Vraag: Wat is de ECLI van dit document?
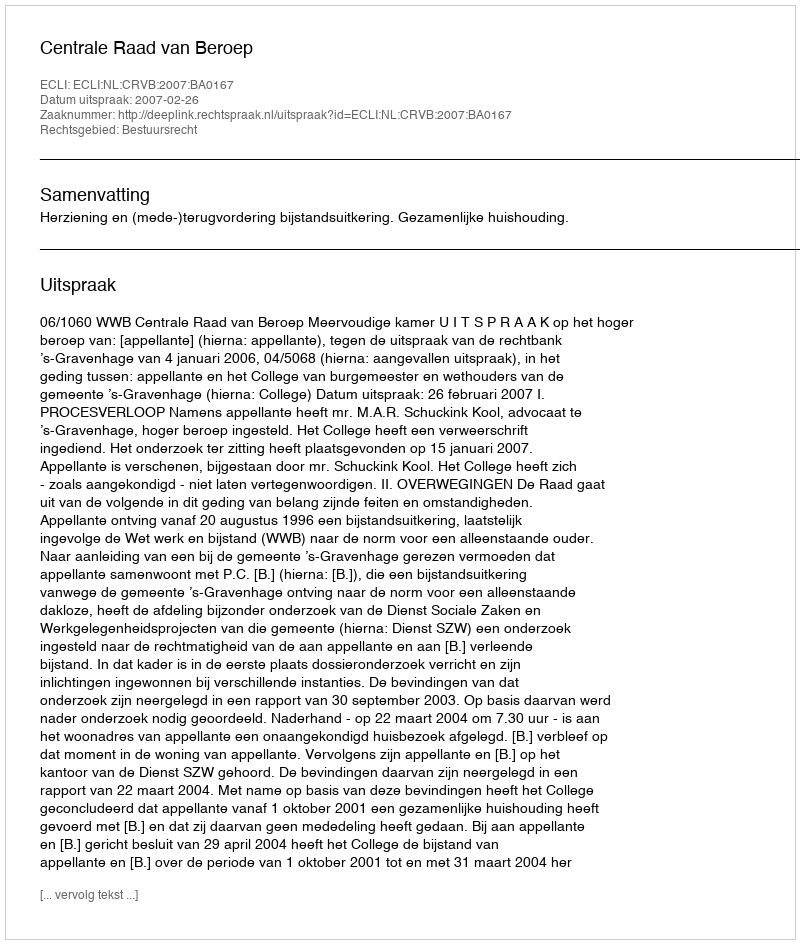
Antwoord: ECLI:NL:CRVB:2007:BA0167